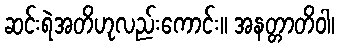
ဆင်းရဲအတိဟုလည်းကောင်း။ အနတ္တာတိဝါ၊